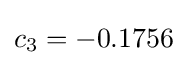
c_{3}=-0.1756